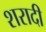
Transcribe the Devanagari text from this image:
शरादी